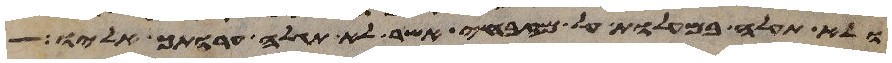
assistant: ולא תעלה במעלות על מזבחי אשר לא תגלה ערותך אליו